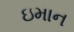
ઇમાન